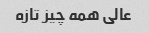
عالی همه چیز تازه